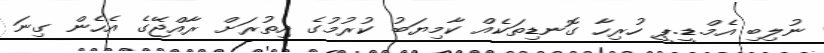
ނުލިބި އެމް.ޑީ.ޕީ ހުރިހާ ގޮނޑިތަކެއް ކާމިޔަބު ކުރުމުގެ އިތުރަށް ރާއްޖޭގެ އެހެން ގިނަ